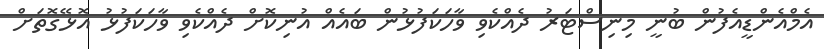
އެމްއެންޑީއެފުން ބުނީ މިނިސްޓަރު ދެއްކެވި ވާހަކަފުޅުން ބައެއް އުނިކޮށް ދެއްކެވި ވާހަކަފުޅު އޮޅޭގޮތަށް